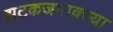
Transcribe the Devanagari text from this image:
झटकजमावच्या